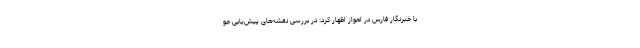
با خبرنگار فارس در اهواز اظهار کرد: در بررسی نقشه‌های پیش‌یابی جو